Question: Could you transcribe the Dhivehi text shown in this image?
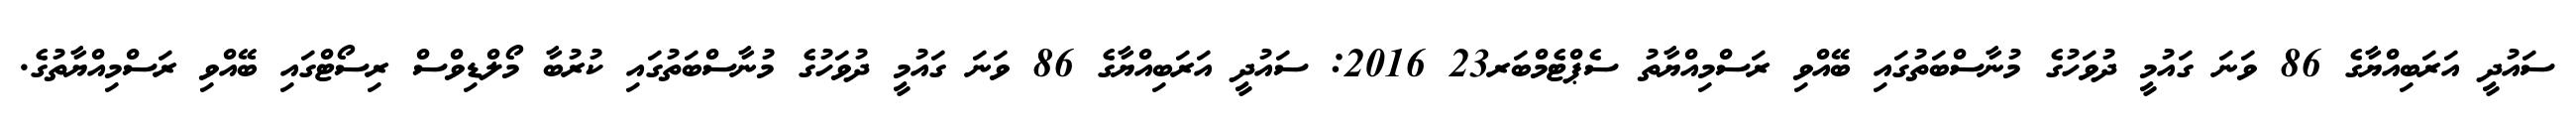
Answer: ސައުދީ އަރަބިއްޔާގެ 86 ވަނަ ގައުމީ ދުވަހުގެ މުނާސްބަތުގައި ބޭއްވި ރަސްމިއްޔާތު ސެޕްޓެމްބަރ23 2016: ސައުދީ އަރަބިއްޔާގެ 86 ވަނަ ގައުމީ ދުވަހުގެ މުނާސްބަތުގައި ކުރުބާ މޯލްޑިވްސް ރިސޯޓްގައި ބޭއްވި ރަސްމިއްޔާތުގެ.